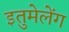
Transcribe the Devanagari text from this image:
इतुमेलेंग